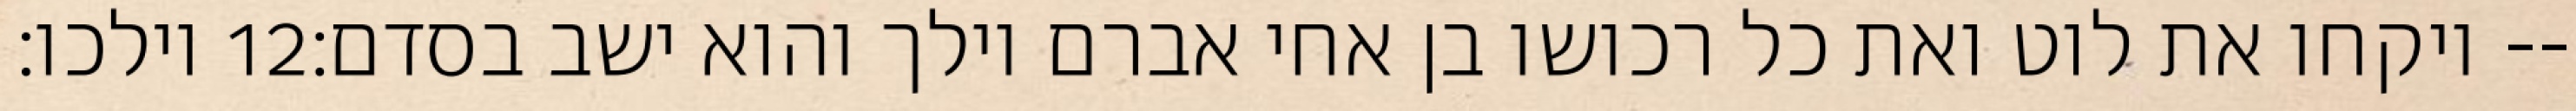
וילכו׃ ‎12‏ ויקחו את לוט ואת כל רכושו בן אחי אברם וילך והוא ישב בסדם׃--